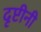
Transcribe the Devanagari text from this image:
दृष्टीनी